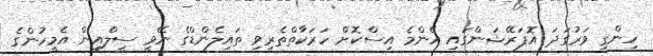
ހިންގި ވަރުގަދަ އޮޕަރޭޝަންގައި އެންމެ އިސްކޮށް ހަރަކާތްތެރިވި ތައިލެންޑްގެ ނޭވީ ސީލްއިން އެމީހުންގެ